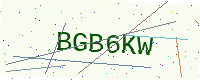
Text: BGB6KW